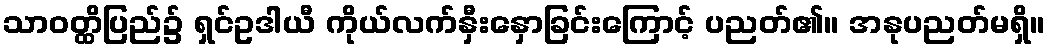
သာဝတ္ထိပြည်၌ ရှင်ဥဒါယီ ကိုယ်လက်နှီးနှောခြင်းကြောင့် ပညတ်၏။ အနုပညတ်မရှိ။